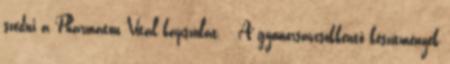
szedni a Pharmaton Vital kapszulát. - A gyomorsavcsökkentő készítmények